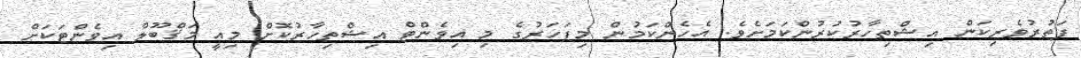
ފަތުރުވެރިކަން އިޝްތިހާރުކުރުންކަމަށެވެ. އެހެންކަމުން މިފަހަރުގެ މި އިވެންޓް އިޝްތިހާރުކޮށް މިއީ މަޤްބޫލް އިވެންޓަކަށް